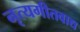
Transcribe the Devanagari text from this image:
नृत्यगीतवाद्य